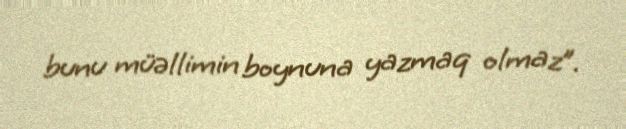
bunu müəllimin boynuna yazmaq olmaz”.